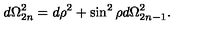
d \Omega _ { 2 n } ^ { 2 } = d \rho ^ { 2 } + \sin ^ { 2 } \rho d \Omega _ { 2 n - 1 } ^ { 2 } .